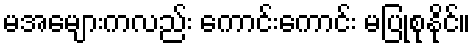
မအေများကလည်း ကောင်းကောင်း မပြုစုနိုင်။